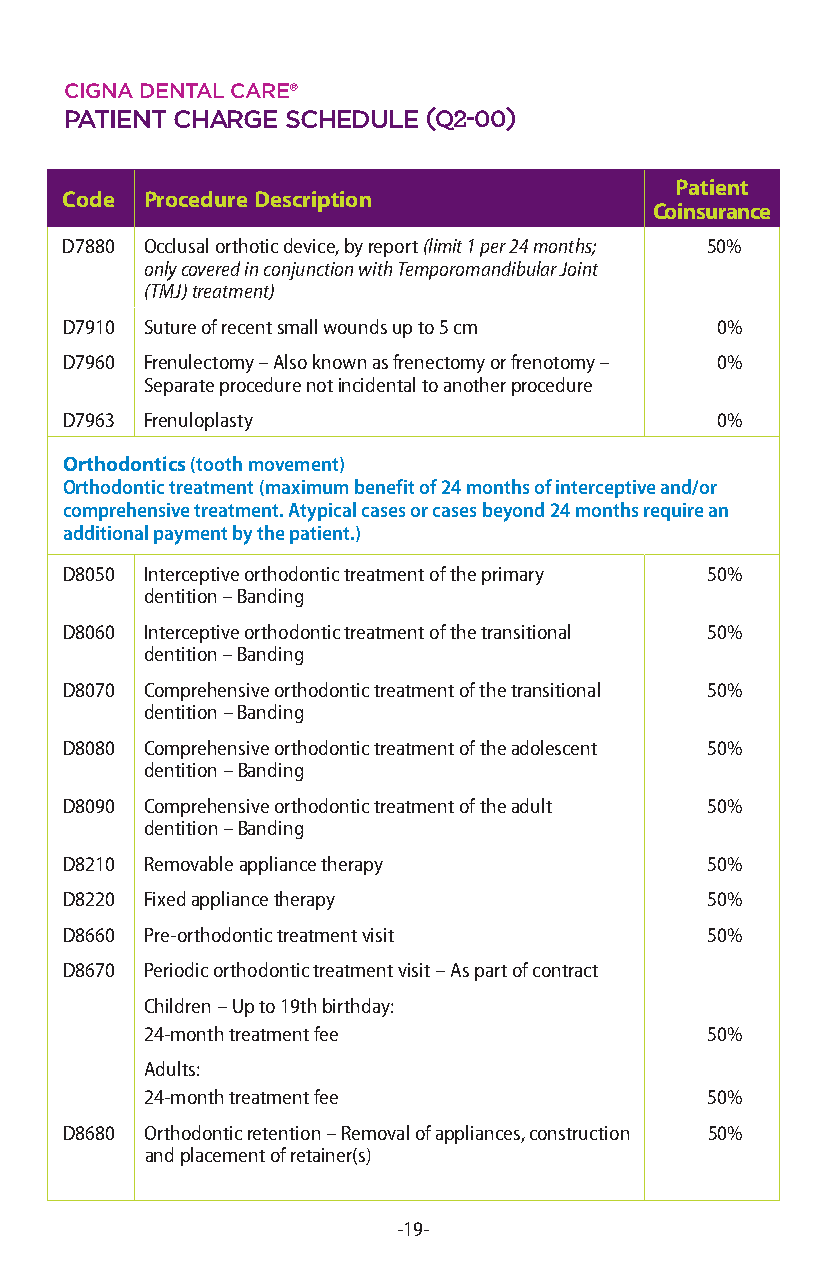
cigna dental care®
 patient cHarge scHedule(Q2-00)
 Patient
 Code  Procedure Description
 Coinsurance
 D7880 Occlusal orthotic device, by report (limit 1 per 24 months; 50%
 only covered in conjunction with Temporomandibular Joint
 (TMJ) treatment)
 D7910 Suture of recent small wounds up to 5 cm 0%
 D7960 Frenulectomy – Also known as frenectomy or frenotomy – 0%
 Separate procedure not incidental to another procedure
 D7963 Frenuloplasty                        0%
 Orthodontics (tooth movement)
 Orthodontic treatment (maximum benefit of 24 months of interceptive and/or
 comprehensive treatment. Atypical cases or cases beyond 24 months require an
 additional payment by the patient.)
 D8050 Interceptive orthodontic treatment of the primary 50%
 dentition – Banding
 D8060 Interceptive orthodontic treatment of the transitional 50%
 dentition – Banding
 D8070 Comprehensive orthodontic treatment of the transitional 50%
 dentition – Banding
 D8080 Comprehensive orthodontic treatment of the adolescent 50%
 dentition – Banding
 D8090 Comprehensive orthodontic treatment of the adult 50%
 dentition – Banding
 D8210 Removable appliance therapy          50%
 D8220 Fixed appliance therapy              50%
 D8660 Pre-orthodontic treatment visit      50%
 D8670 Periodic orthodontic treatment visit – As part of contract
 Children – Up to 19th birthday:
 24-month treatment fee               50%
 Adults:
 24-month treatment fee               50%
 D8680 Orthodontic retention – Removal of appliances, construction 50%
 and placement of retainer(s)
 -19-